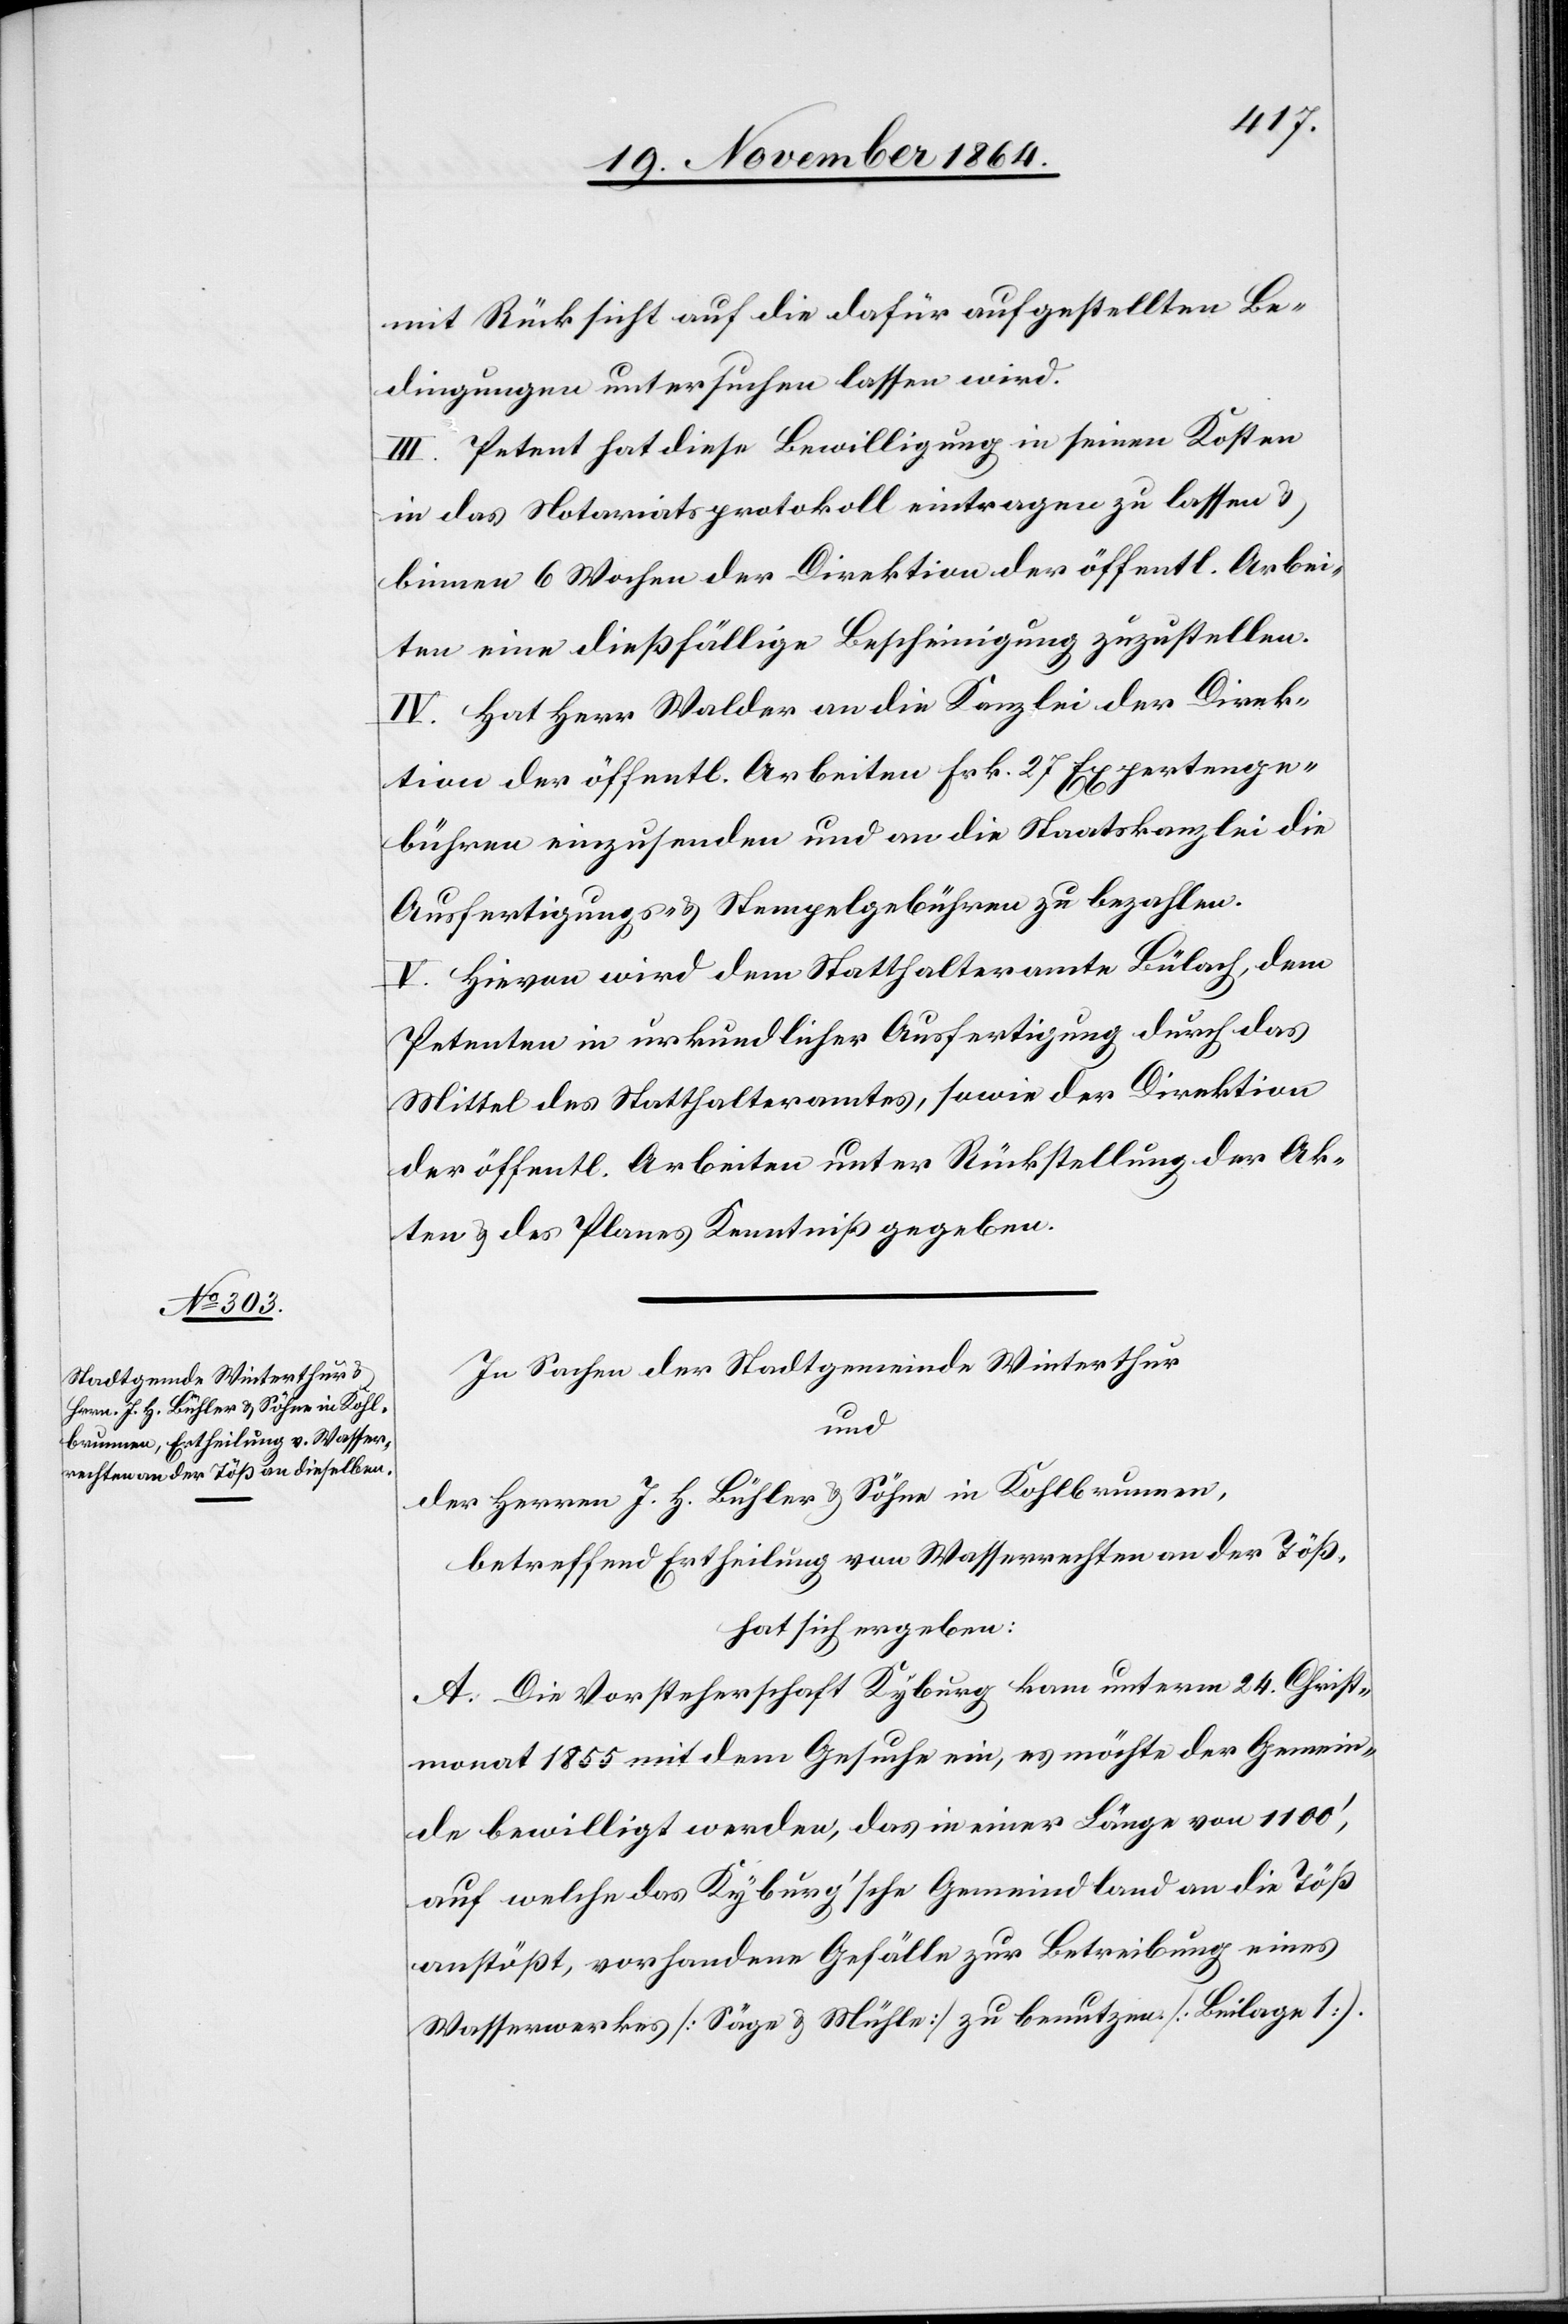
mit Rücksicht auf die dafür aufgestellten Be¬
dingungen untersuchen lassen wird.
III. Petent hat diese Bewilligung in seinen Kosten
in das Notariatsprotokoll eintragen zu lassen &
binnen 6 Wochen der Direktion der öffentl. Arbei¬
ten eine dießfällige Bescheinigung zuzustellen.
IV. Hat Herr Walder an die Kanzlei der Direk¬
tion der öffentl. Arbeiten Frk. 27 Expertenge¬
bühren einzusenden und an die Staatskanzlei die
Ausfertigungs- & Stempelgebühren zu bezahlen.
V. Hievon wird dem Statthalteramte Bülach, dem
Petenten in urkundlicher Ausfertigung durch das
Mittel des Statthalteramtes, sowie der Direktion
der öffentl. Arbeiten unter Rückstellung der Ak¬
ten und des Planes Kenntniß gegeben.